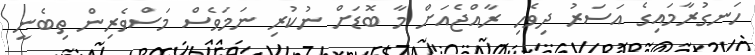
ހަނގުރާމައިގެ އަސަރު ދިވެހި ރާއްޖެއަށް މާ ބޮޑަށް ނުކުރި ނަމަވެސް މަސްވެރިން ތިބެނީ